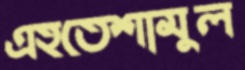
এহতেশামুল